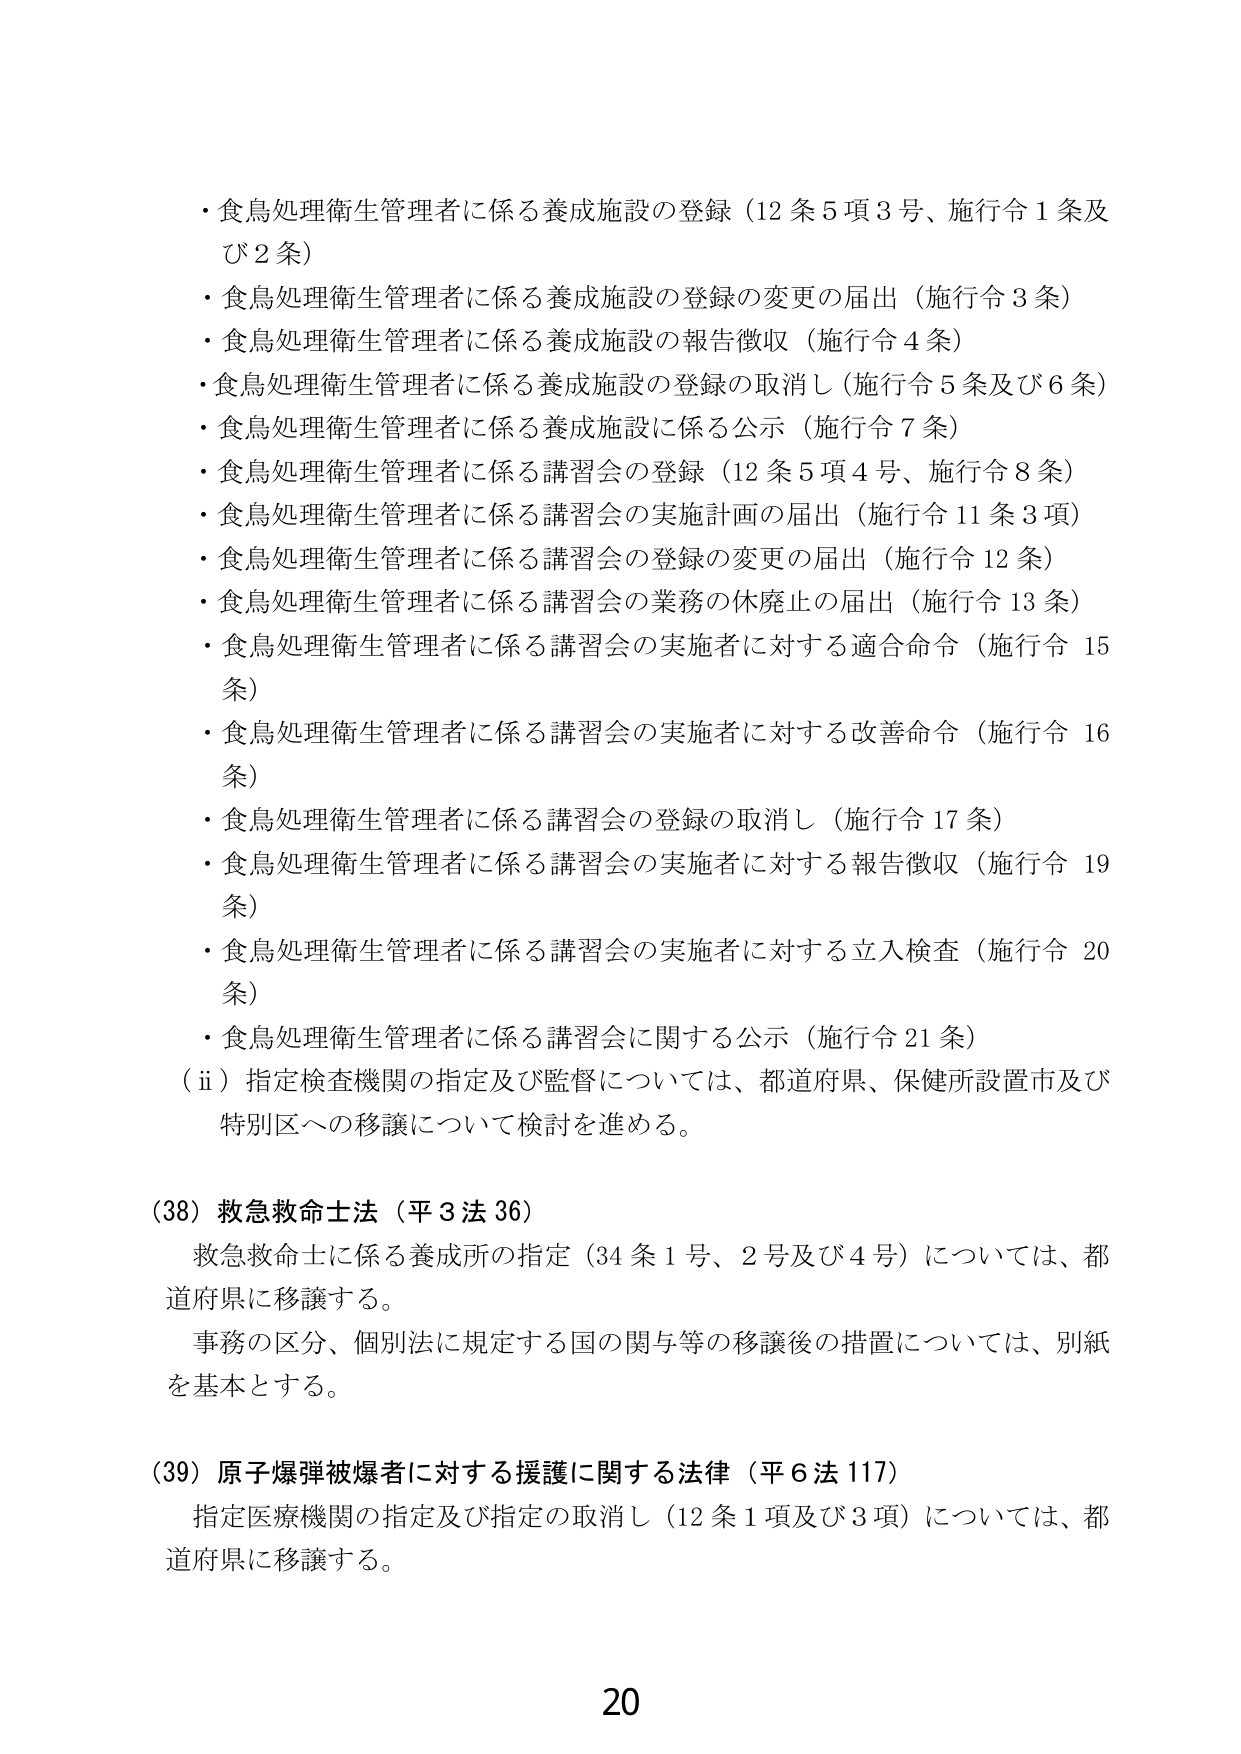
・食鳥処理衛生管理者に係る養成施設の登録（12条5項3号、施行令1条及び2条）
・食鳥処理衛生管理者に係る養成施設の登録の変更の届出（施行令3条）
・食鳥処理衛生管理者に係る養成施設の報告徴収（施行令4条）
・食鳥処理衛生管理者に係る養成施設の登録の取消し（施行令5条及び6条）
・食鳥処理衛生管理者に係る養成施設に係る公示（施行令7条）
・食鳥処理衛生管理者に係る講習会の登録（12条5項4号、施行令8条）
・食鳥処理衛生管理者に係る講習会の実施計画の届出（施行令11条3項）
・食鳥処理衛生管理者に係る講習会の登録の変更の届出（施行令12条）
・食鳥処理衛生管理者に係る講習会の業務の休廃止の届出（施行令13条）
・食鳥処理衛生管理者に係る講習会の実施者に対する適合命令（施行令15条）
・食鳥処理衛生管理者に係る講習会の実施者に対する改善命令（施行令16条）
・食鳥処理衛生管理者に係る講習会の登録の取消し（施行令17条）
・食鳥処理衛生管理者に係る講習会の実施者に対する報告徴収（施行令19条）
・食鳥処理衛生管理者に係る講習会の実施者に対する立入検査（施行令20条）
・食鳥処理衛生管理者に係る講習会に関する公示（施行令21条）
（ⅱ）指定検査機関の指定及び監督については、都道府県、保健所設置市及び特別区への移譲について検討を進める。

（38）救急救命士法（平3法36）
救急救命士に係る養成所の指定（34条1号、2号及び4号）については、都道府県に移譲する。
事務の区分、個別法に規定する国の関与等の移譲後の措置については、別紙を基本とする。

（39）原子爆弾被爆者に対する援護に関する法律（平6法117）
指定医療機関の指定及び指定の取消し（12条1項及び3項）については、都道府県に移譲する。

20